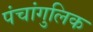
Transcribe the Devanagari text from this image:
पंचांगुलिक